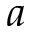
a